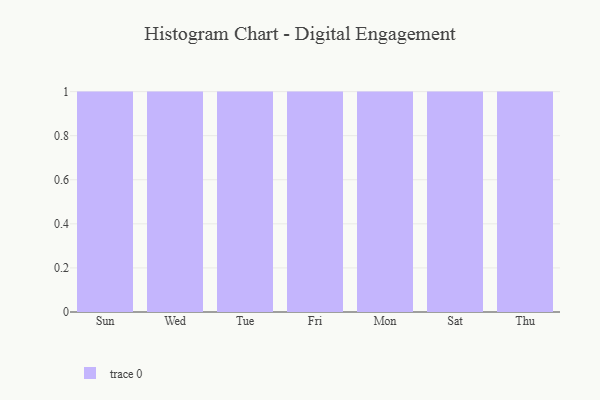
{"axis": {"x": "Day", "y": "Production Output"}, "legend": [""], "data": [{"x": "Sun", "y": 45, "type": ""}, {"x": "Wed", "y": 53, "type": ""}, {"x": "Tue", "y": 31, "type": ""}, {"x": "Fri", "y": 36, "type": ""}, {"x": "Mon", "y": 23, "type": ""}, {"x": "Sat", "y": 91, "type": ""}, {"x": "Thu", "y": 7, "type": ""}]}